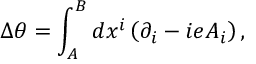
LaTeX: \Delta \theta = \int _ { A } ^ { B } d x ^ { i } \left( \partial _ { i } - i e A _ { i } \right) ,